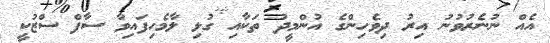
އެއް ނުނެރުވުނު އިރު ދިވެހިންގެ އުންމީދު ތަކާއި ގުޅި ލާމެހިފައިވާ ސާފް ސްޒުކީ